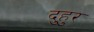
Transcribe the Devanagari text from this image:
दुहुर